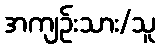
အကျဉ်းသား/သူ